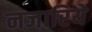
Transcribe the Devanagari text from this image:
नजारिये